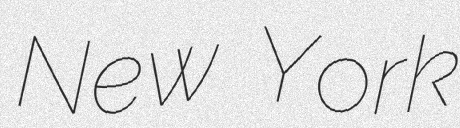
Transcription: New York